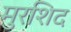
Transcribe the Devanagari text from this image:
मुरशिद